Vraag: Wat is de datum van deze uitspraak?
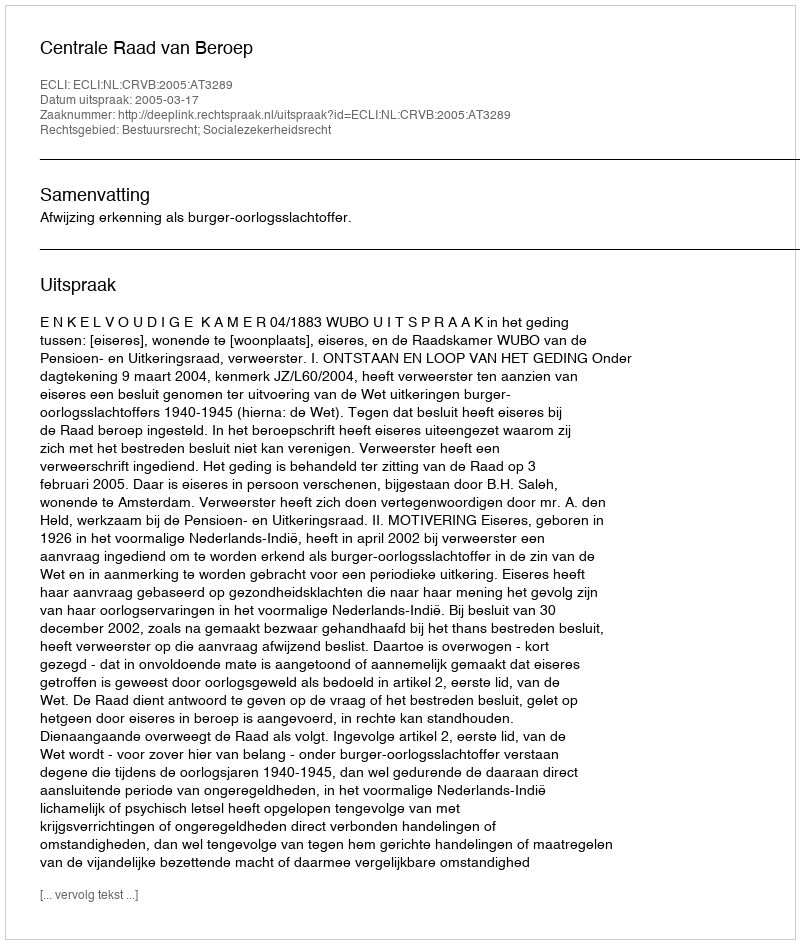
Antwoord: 2005-03-17